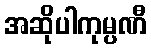
အဆိုပါကုမ္ပဏီ